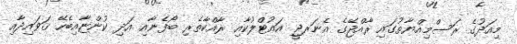
މިއަދުގެ ރަސްމިއްޔާތުގައި ރާއްޖޭގެ އެނަރޖީ އައުޓްލުކާއި ރާއްކާތެރި ބޯފެނާއި އަދި ކުންޏާއިބެހޭ ޤަވައިދާއި